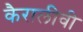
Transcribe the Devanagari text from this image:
कैरालीवी